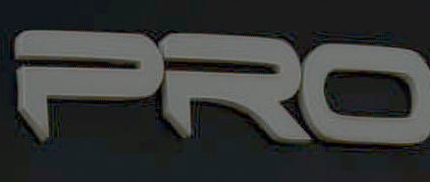
PRO